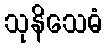
သုနိသေဓံ